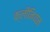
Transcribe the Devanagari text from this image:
क्लीनियन